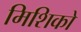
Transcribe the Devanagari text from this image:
मिशिको